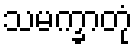
သမက္ခာတုံ